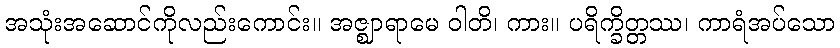
အသုံးအဆောင်ကိုလည်းကောင်း။ အဇ္ဈာရာမေ ဝါတိ၊ ကား။ ပရိက္ခိတ္တဿ၊ ကာရံအပ်သော